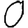
Digit: 0